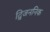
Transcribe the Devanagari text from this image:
द्विजननिक